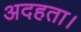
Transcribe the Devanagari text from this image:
अदहता।